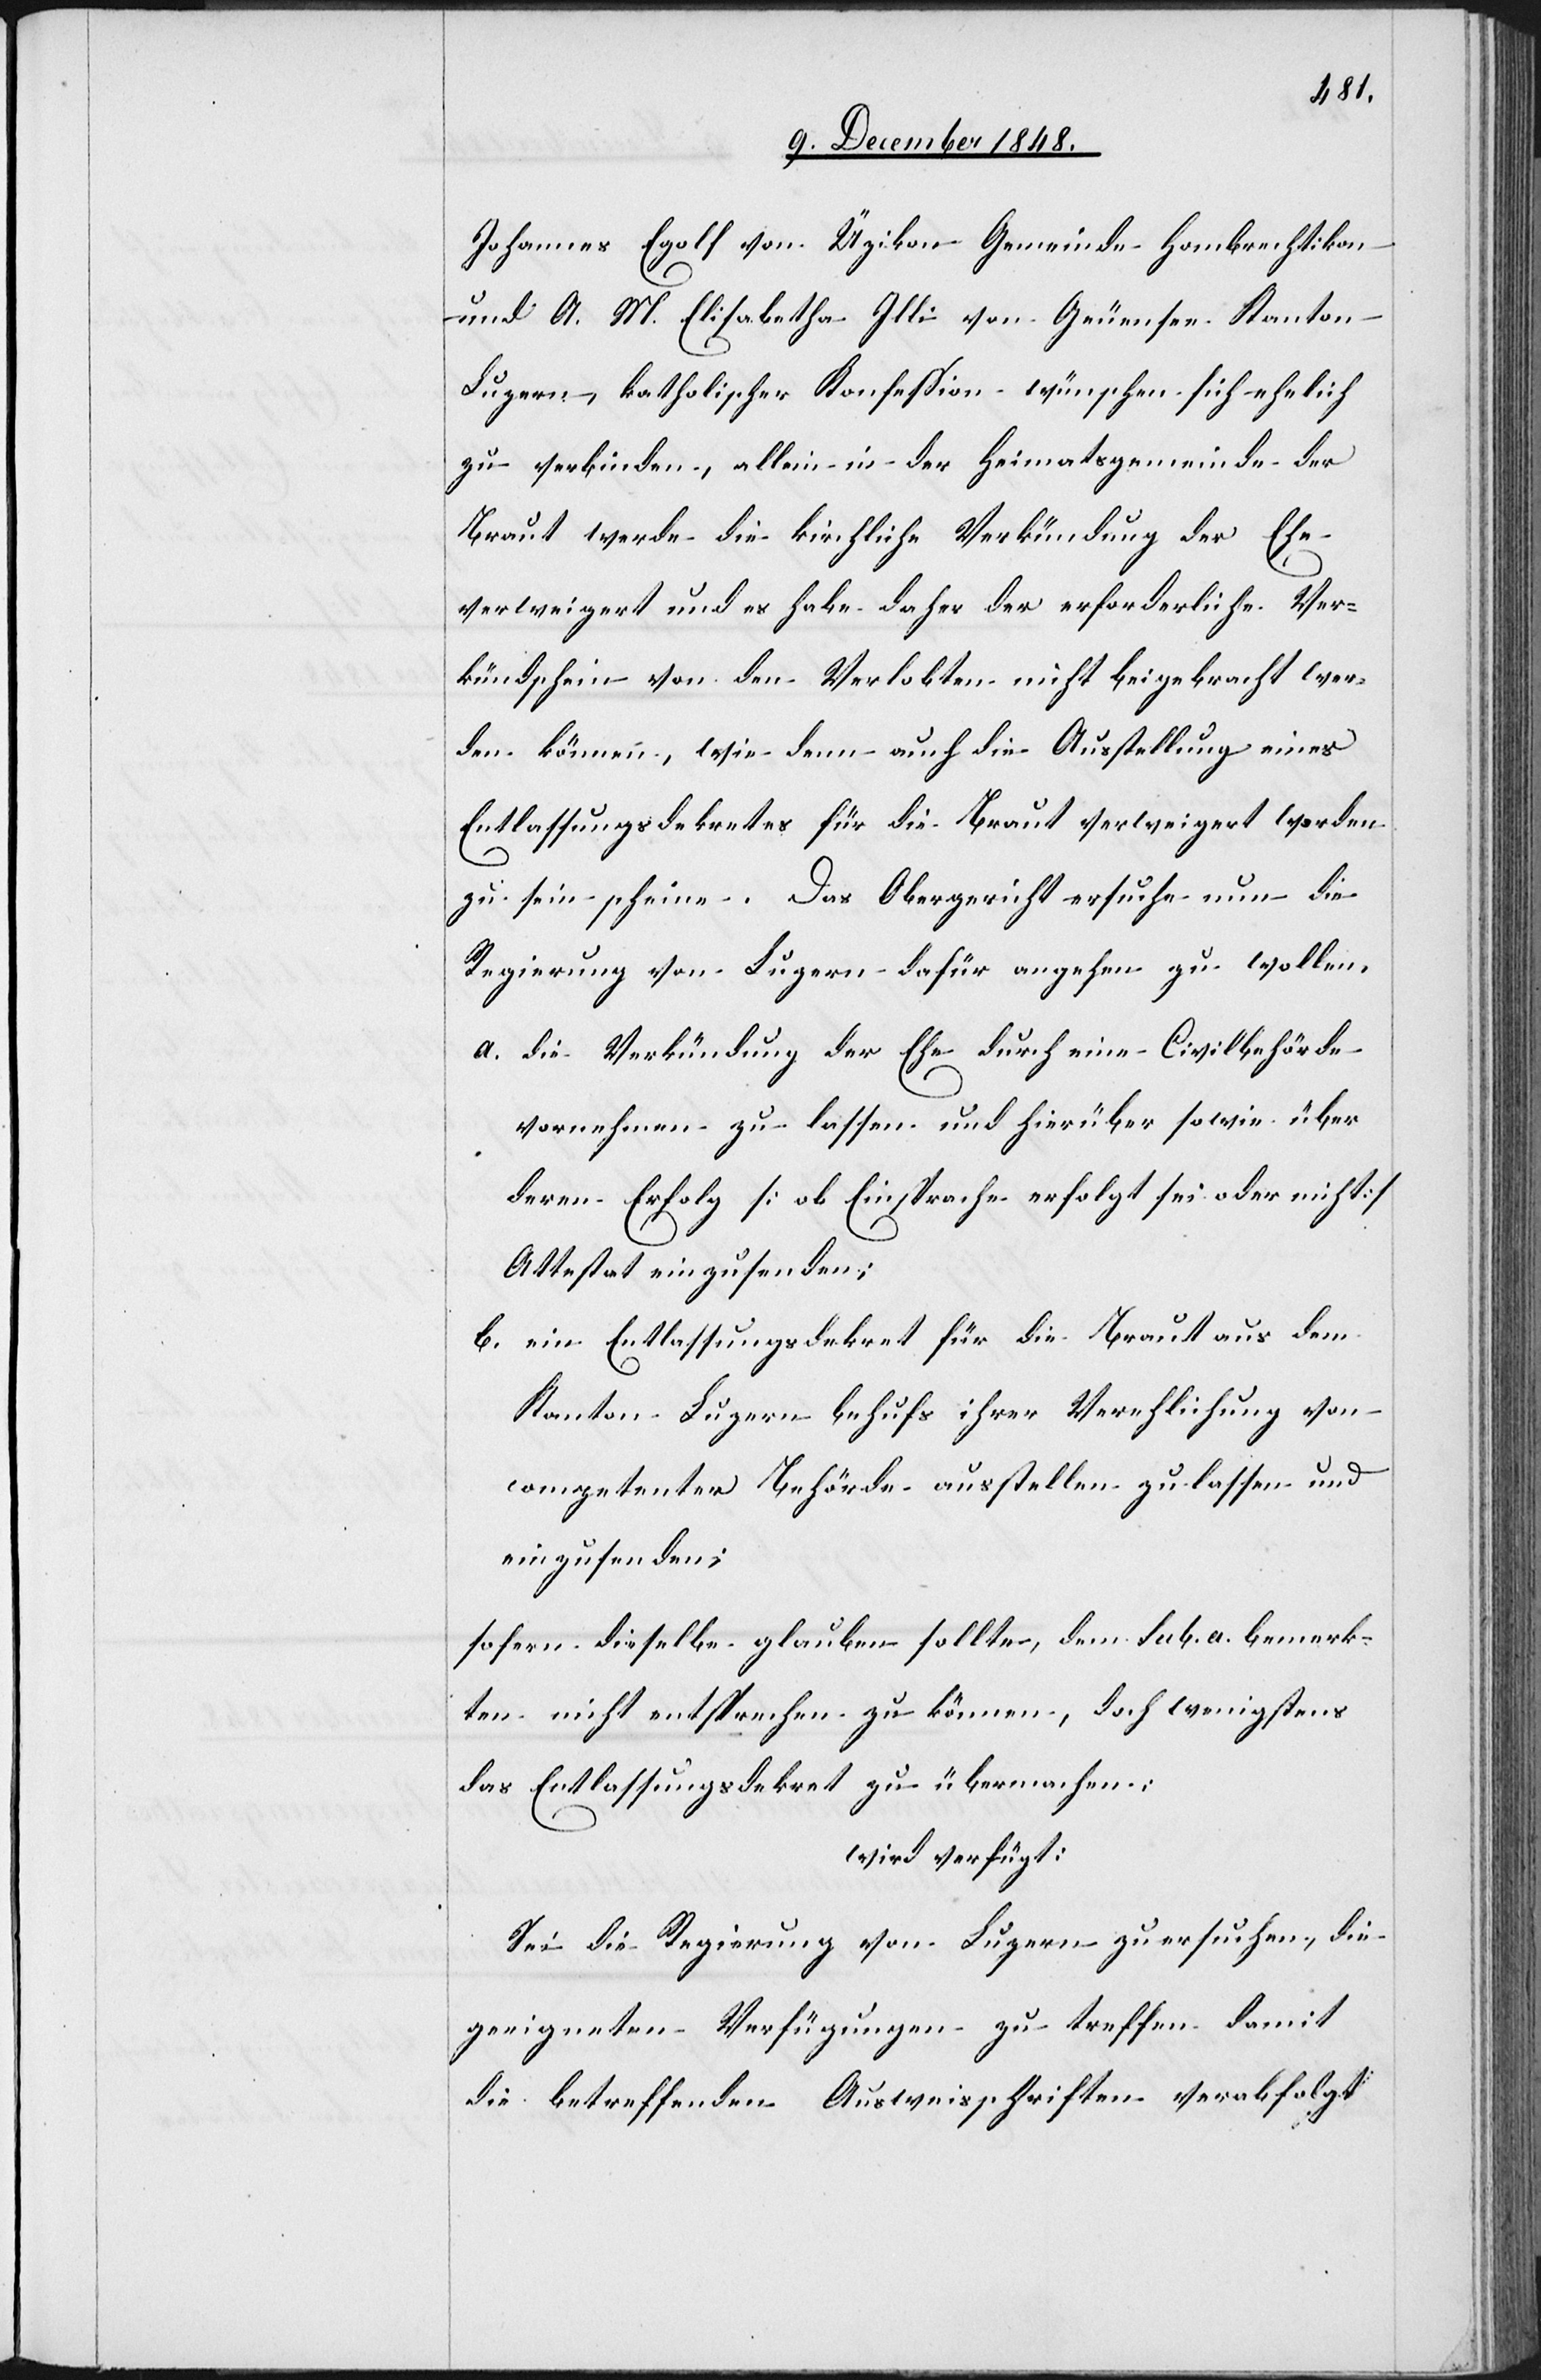
Johannes Egolf von Üzikon Gemeinde Hombrechtikon
und A. M. Elisabetha Illi von Geuensee Kanton
Luzern, katholischer Konfession wünschen sich ehelich
zu verbinden, allein in der Heimatsgemeinde der
Braut werde die kirchliche Verkündung der Ehe
verweigert und es habe daher der erforderliche Ver¬
kündschein von den Verlobten nicht beigebracht wer¬
den können, wie denn auch die Ausstellung eines
Entlassungsdekretes für die Braut verweigert worden
zu sein scheine. Das Obergericht ersuche nun die
Regierung von Luzern dafür angehen zu wollen,
a. Die Verkündung der Ehe durch eine Civilbehörde
vornehmen zu lassen und hierüber sowie über
deren Erfolg [ob Einsprache erfolgt sei oder nicht]
Attestat einzusenden;
b. ein Entlassungsdekret für die Braut aus dem
Kanton Luzern behufs ihrer Verehlichung von
competenter Behörde ausstellen zu lassen und
einzusenden;
sofern dieselbe glauben sollte, dem sub. a. bemerk¬
ten nicht entsprechen zu können, doch wenigstens
das Entlassungsdekret zu übernehmen:
wird verfügt:
Sei die Regierung von Luzern zu ersuchen, die
geeigneten Verfügungen zu treffen damit
die betreffenden Ausweisschriften verabfolgt